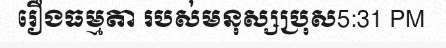
រឿងធម្មតា របស់មនុស្សប្រុស5:31 PM